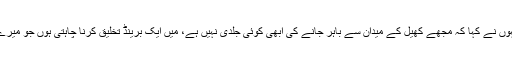
ایک سوال کے جواب میں انہوں نے کہا کہ مجھے کھیل کے میدان سے باہر جانے کی ابھی کوئی جلدی نہیں ہے، میں ایک برینڈ تخلیق کرنا چاہتی ہوں جو میرے کیرئیر کی طرح طویل ہو۔